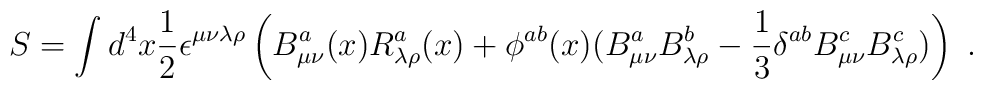
S = \int d^4x \frac{1}{2} \epsilon^{\mu\nu\lambda\rho}\left( B^a_{\mu\nu}(x)R^a_{\lambda\rho}(x) +\phi^{ab}(x)(B^a_{\mu\nu}B^b_{\lambda\rho} -\frac{1}{3}\delta^{ab}B^c_{\mu\nu}B^c_{\lambda\rho})\right)\ .